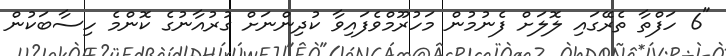
"6 ހަފްތާ ތެރޭގައި ލޮލަށް ފެނުމުން މަހުރޫމްވެފައިވާ ކުދިންނަށް ގުރުއާނުގެ ކޮންމެ ހިސާބަކުން